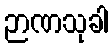
ဉာဏသုခါ